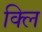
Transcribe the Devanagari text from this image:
क्लि